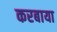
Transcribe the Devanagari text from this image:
करबाया